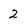
Character: 2